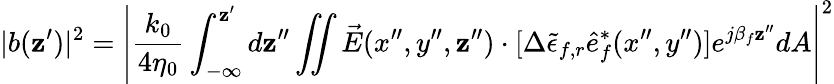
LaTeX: |b(\mathbf{z}^{\prime})|^{2}=\left|\frac{{k_{0}}}{{4\eta_{0}}}\int_{-\infty}^{\mathbf{z}^{\prime}}d\mathbf{z}^{\prime\prime}\iint\vec{{E}}(x^{\prime\prime},y^{\prime\prime},\mathbf{z}^{\prime\prime})\cdot[\Delta{\tilde{{\epsilon}}_{f,r}}\hat{{e}}_{f}^{*}(x^{\prime\prime},y^{\prime\prime})]e^{j\beta_{f}\mathbf{z}^{\prime\prime}}dA\right|^{2}